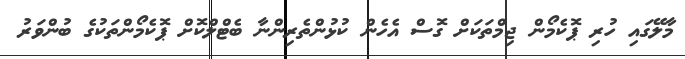
މާލޭގައި ހުރި ޕޮކެމޯން ޖިމްތަކަށް ގޮސް އެހެން ކުޅުންތެރިންނާ ބެޓްލްކޮށް ޕޮކެމޯންތަކުގެ ބުންވަރު